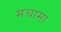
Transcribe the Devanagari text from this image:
मचामा